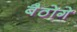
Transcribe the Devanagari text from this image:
बैठोगे